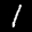
Label: 1